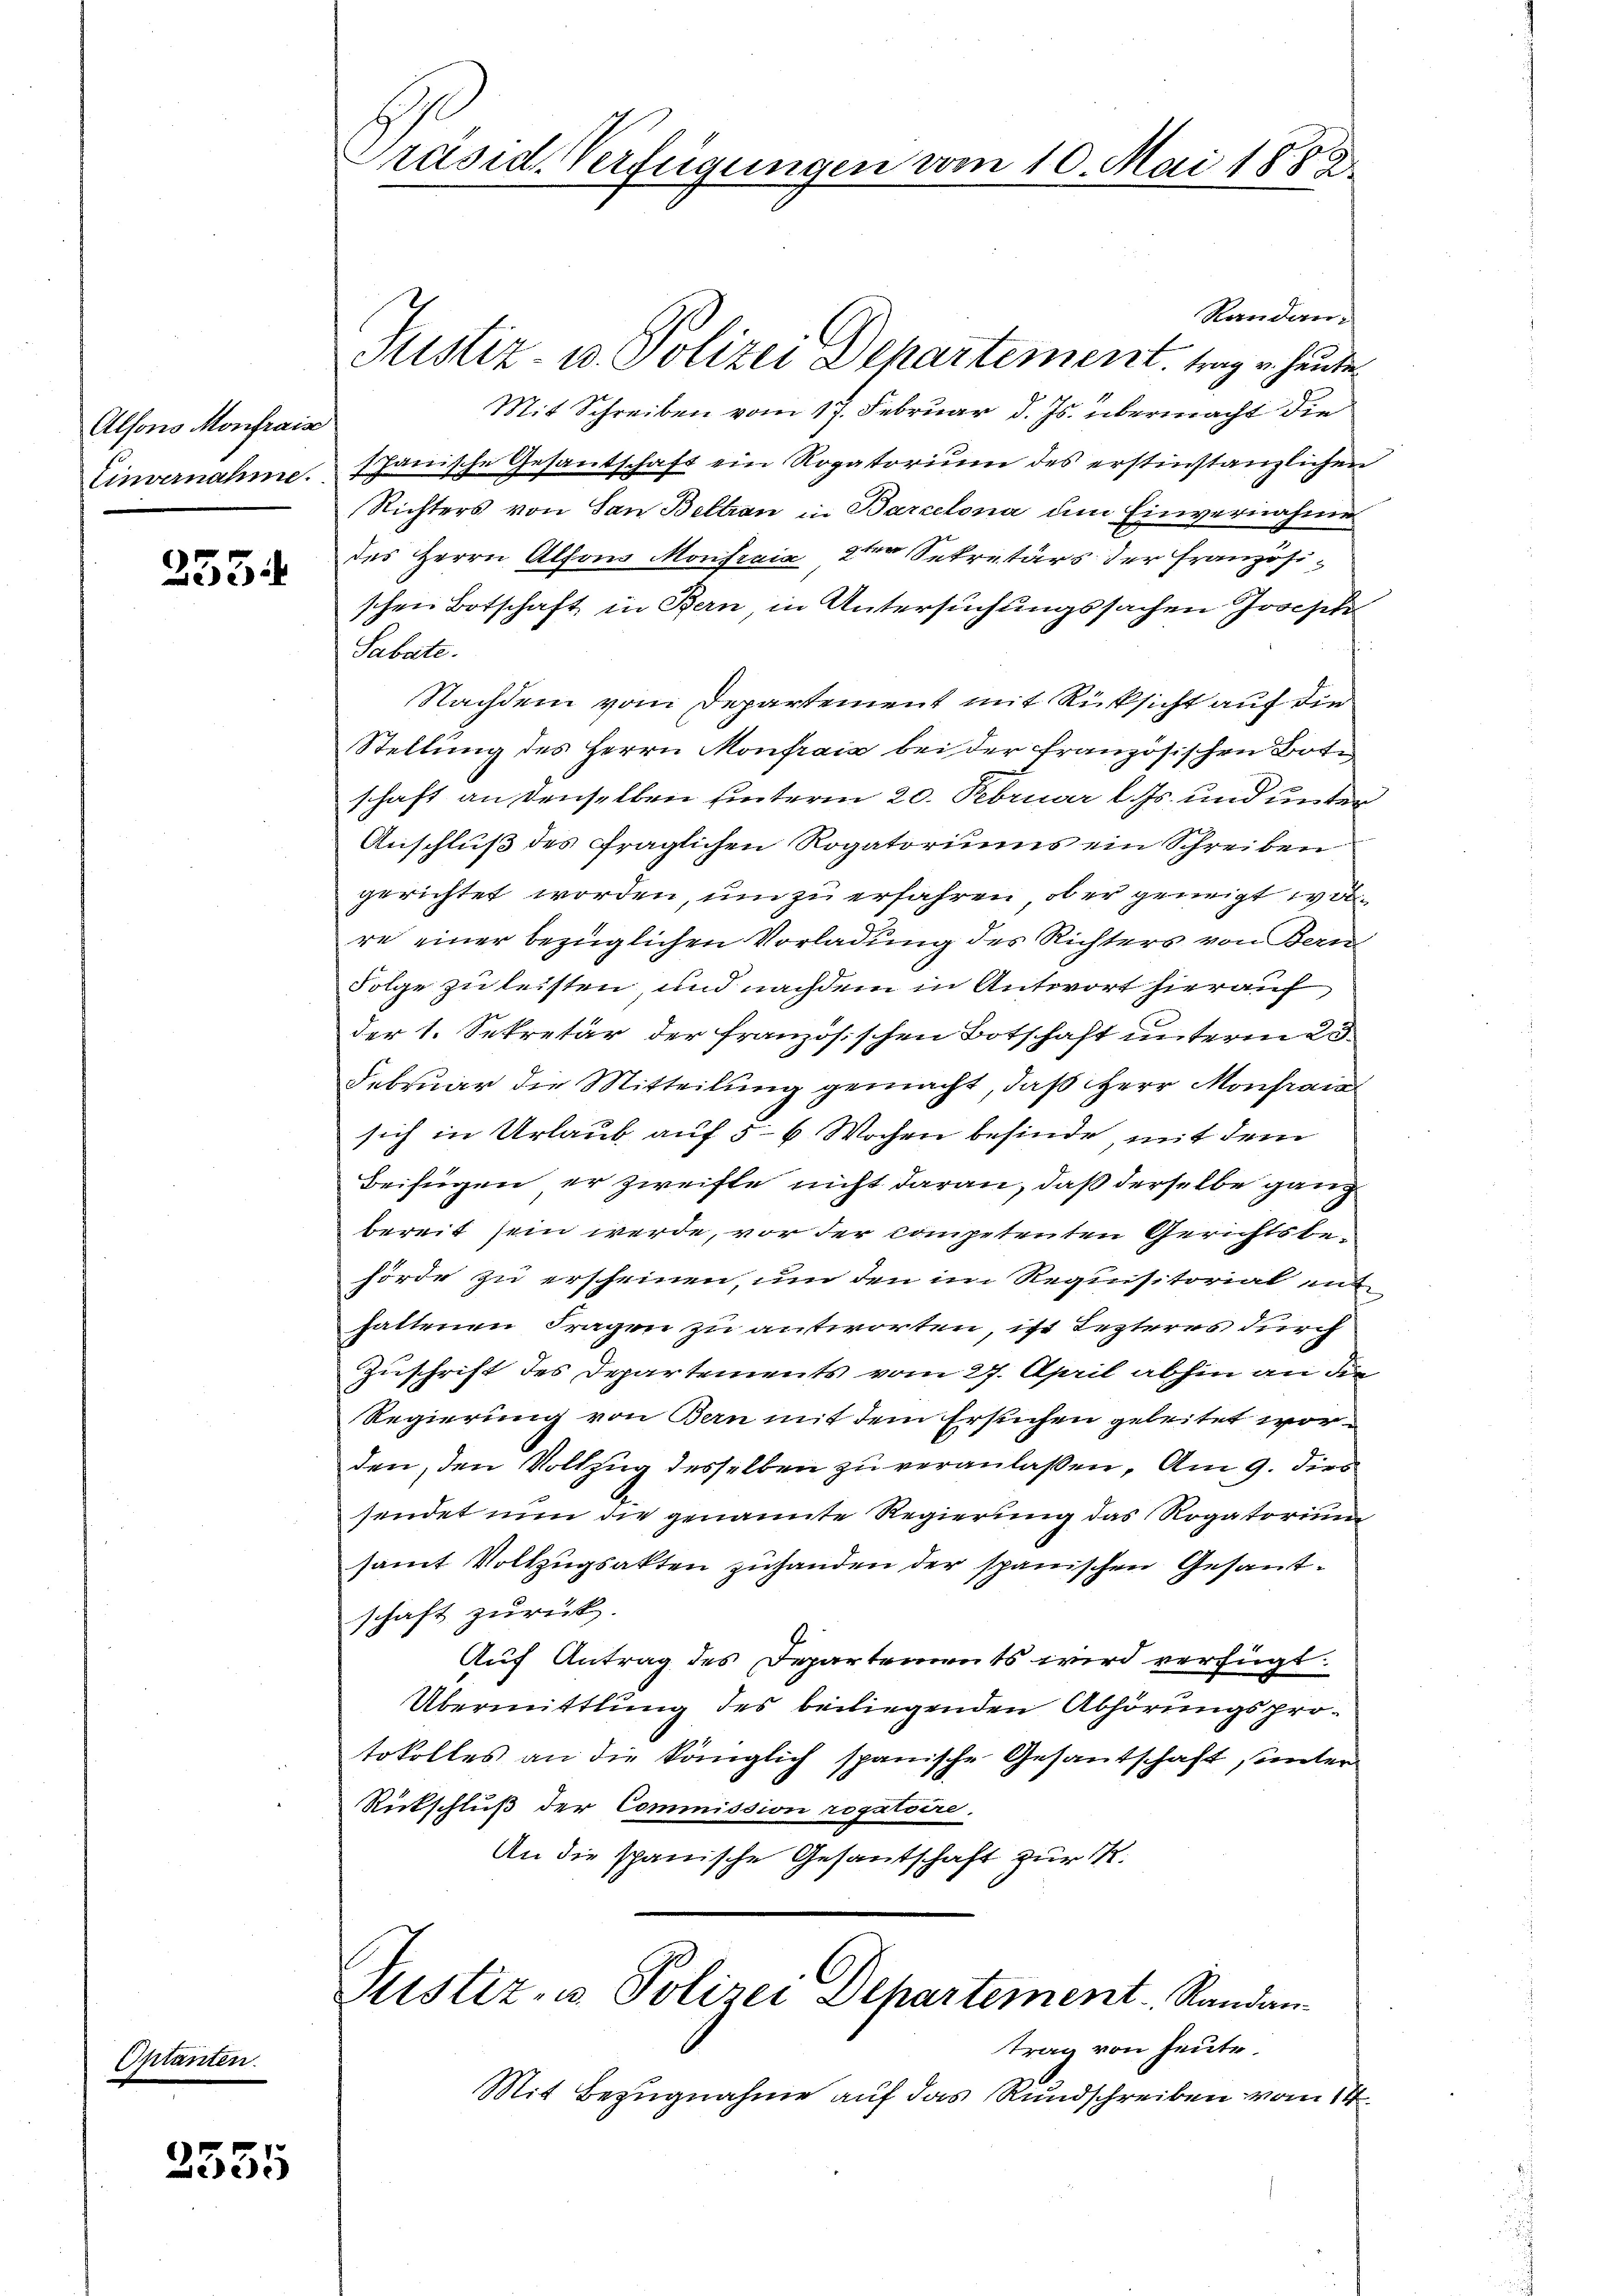
Alfons Monfrais
Einvernahme.

Optanten.

255.

3555

Präsid. Verfügungen vom 10. Mai 1888.

Randan
Justiz- u. Polizei Departement trag u. heute
Mit Schreiben vom 17. Februar d. Js. übermacht die
spanische Gesandschaft ein Rogatorium des erstinstanzlichen
Richters von San Bellian in Barcelona am Einvernahme
des Herrn Alfons Monfreie 2ter Sekretärs der Französischen Botschaft in Bern in Untersuchungssachen Joseph
Sabate.
Nachdem vom Departement mit Rücksicht auf die
Stellung des Herrn Monfrais bei der französischen Boti
schaft an denselben hinterm 20. Februar l. Js. und unter
Anschluß des fraglichen Rogatoriums ein Schreiben
gerichtet worden, um zu erfahren, ob er geneigt ware einer bezüglichen Vorladung des Richters von Bern
Folge zu leisten und nachdem in Antwort hierauf
der 1. Sekretär der französischen Botschaft unterm 23.
Februar die Mitteilung gemacht, daß Herr Monara
sich in Urlaub auf 5 6 Wochen befinde mit dem
Beifügen er zweifle nicht daran, daß derselbe ganz
bereit sein werde, vor der competenten Gerichtsbehörde zu erscheinen, um den im Requisitorial ent
haltenen Fragen zu antworten, ist lezteres durch
Zuschrift des Departements vom 27. April abhin an die
Regierung von Bern mit dem Ersuchen geleitet worden, den Vollzug desselben zu veranlaßen. Am 9. dies
sendet nun die genannte Regierung das Rogatorium
samt Vollzugsakten zuhanden der spanischen Gesantschaft zurück.
Auf Antrag des Departements wird verfügt:
Übermittlung des beiliegenden Abhörungsprotokolles an die königlich spanische Gesantschaft unter
Rückschluß der Commission rogatoire.
An die spanische Gesantschaft zur K.
Justiz- u Polizei Departement Randan
trag von heute.
Mit Bezugnahme auf das Rundschreiben vom 14.